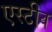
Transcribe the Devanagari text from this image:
एस्टीव